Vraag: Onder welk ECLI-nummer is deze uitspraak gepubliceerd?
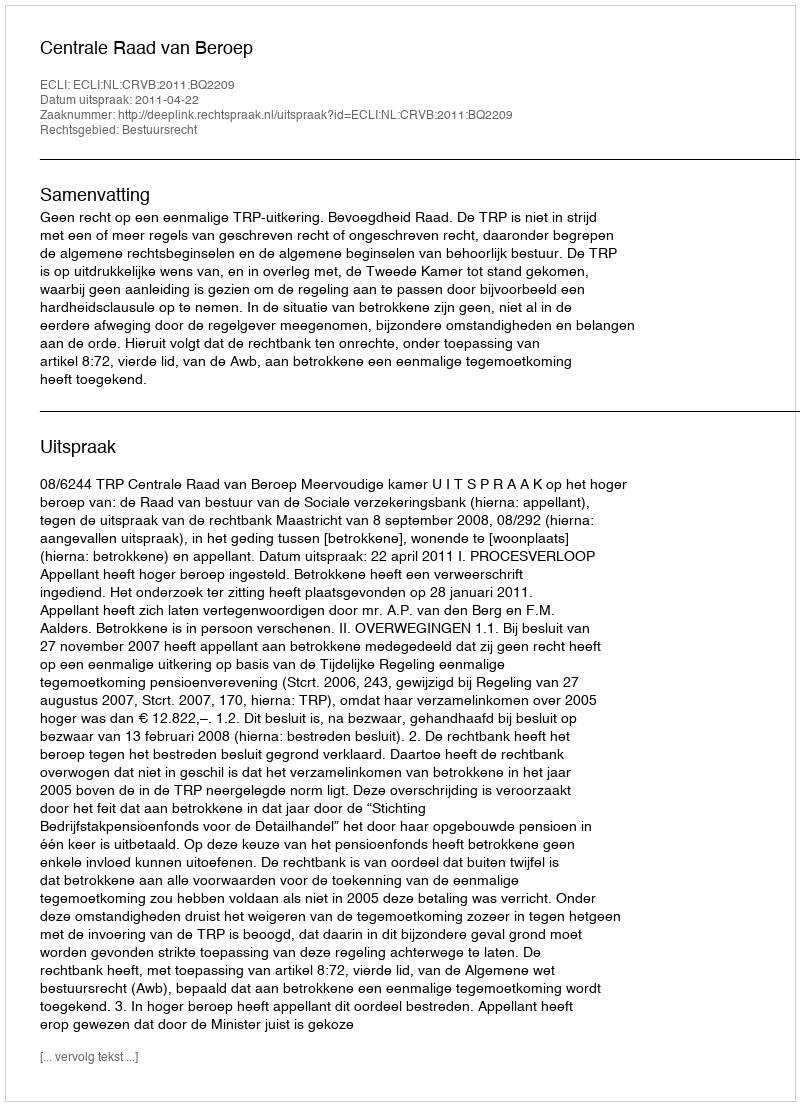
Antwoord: ECLI:NL:CRVB:2011:BQ2209